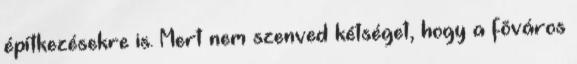
építkezésekre is. Mert nem szenved kétséget, hogy a fõváros